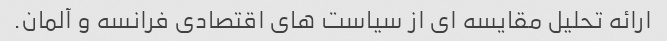
ارائه تحلیل مقایسه ای از سیاست های اقتصادی فرانسه و آلمان.